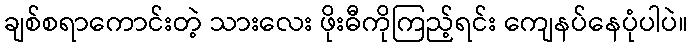
ချစ်စရာကောင်းတဲ့ သားလေး ဖိုးဓီကိုကြည့်ရင်း ကျေနပ်နေပုံပါပဲ။